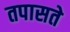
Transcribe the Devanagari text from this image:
तपासते